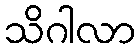
သိဂါလာ